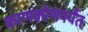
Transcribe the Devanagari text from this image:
काणकोणपर्यंत